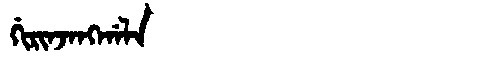
Manchu: ᡤᡳᡵᡳᠨᠵᠠᠩᡤᠠᠯᠠ
Romanization: GIRINJANGGALA